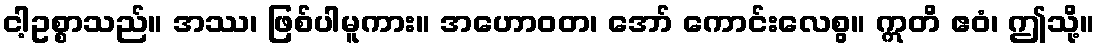
ငါ့ဥစ္စာသည်။ အဿ၊ ဖြစ်ပါမူကား။ အဟောဝတ၊ အော် ကောင်းလေစွ။ ဣတိ ဧဝံ၊ ဤသို့။